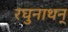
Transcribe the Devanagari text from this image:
रघुनाथन्